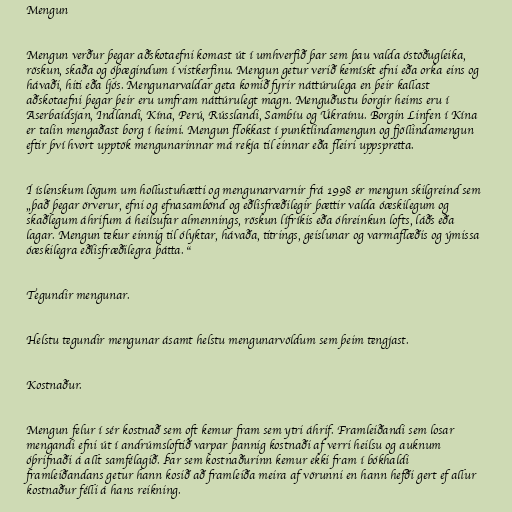
Mengun

Mengun verður þegar aðskotaefni komast út í umhverfið þar sem þau valda óstöðugleika,
röskun, skaða og óþægindum í vistkerfinu. Mengun getur verið kemískt efni eða orka eins og
hávaði, hiti eða ljós. Mengunarvaldar geta komið fyrir náttúrulega en þeir kallast
aðskotaefni þegar þeir eru umfram náttúrulegt magn. Menguðustu borgir heims eru í
Aserbaídsjan, Indlandi, Kína, Perú, Rússlandi, Sambíu og Úkraínu. Borgin Linfen í Kína
er talin mengaðast borg í heimi. Mengun flokkast í punktlindamengun og fjöllindamengun
eftir því hvort upptök mengunarinnar má rekja til einnar eða fleiri uppspretta.

Í íslenskum lögum um hollustuhætti og mengunarvarnir frá 1998 er mengun skilgreind sem
„það þegar örverur, efni og efnasambönd og eðlisfræðilegir þættir valda óæskilegum og
skaðlegum áhrifum á heilsufar almennings, röskun lífríkis eða óhreinkun lofts, láðs eða
lagar. Mengun tekur einnig til ólyktar, hávaða, titrings, geislunar og varmaflæðis og ýmissa
óæskilegra eðlisfræðilegra þátta. “

Tegundir mengunar.

Helstu tegundir mengunar ásamt helstu mengunarvöldum sem þeim tengjast.

Kostnaður.

Mengun felur í sér kostnað sem oft kemur fram sem ytri áhrif. Framleiðandi sem losar
mengandi efni út í andrúmsloftið varpar þannig kostnaði af verri heilsu og auknum
óþrifnaði á allt samfélagið. Þar sem kostnaðurinn kemur ekki fram í bókhaldi
framleiðandans getur hann kosið að framleiða meira af vörunni en hann hefði gert ef allur
kostnaður félli á hans reikning.